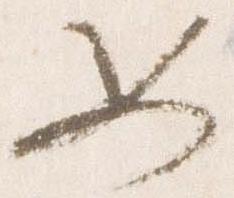
如